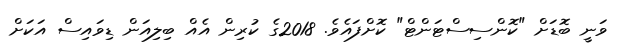
ވަނީ ބޮޑަށް "ކޮންސިސްޓަންޓް" ކޮށްފައެވެ. 2018ގެ ކުރިން އެއް ބިލިއަން ޑިވައިސް އަކަށް